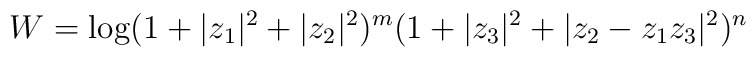
W=\log (1+\vert z_1\vert^2+\vert z_2\vert^2)^m(1+\vert z_3\vert^2+\vert z_2-z_1z_3\vert^2)^n